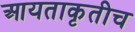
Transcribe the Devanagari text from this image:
आयताकृतीच